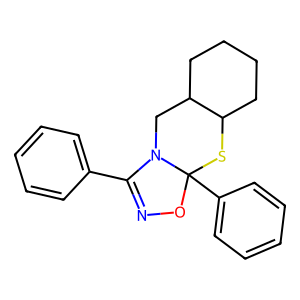
SMILES: c1ccc(C2=NOC3(c4ccccc4)SC4CCCCC4CN23)cc1
Inhibits HIV replication: No